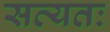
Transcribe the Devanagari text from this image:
सत्यतः